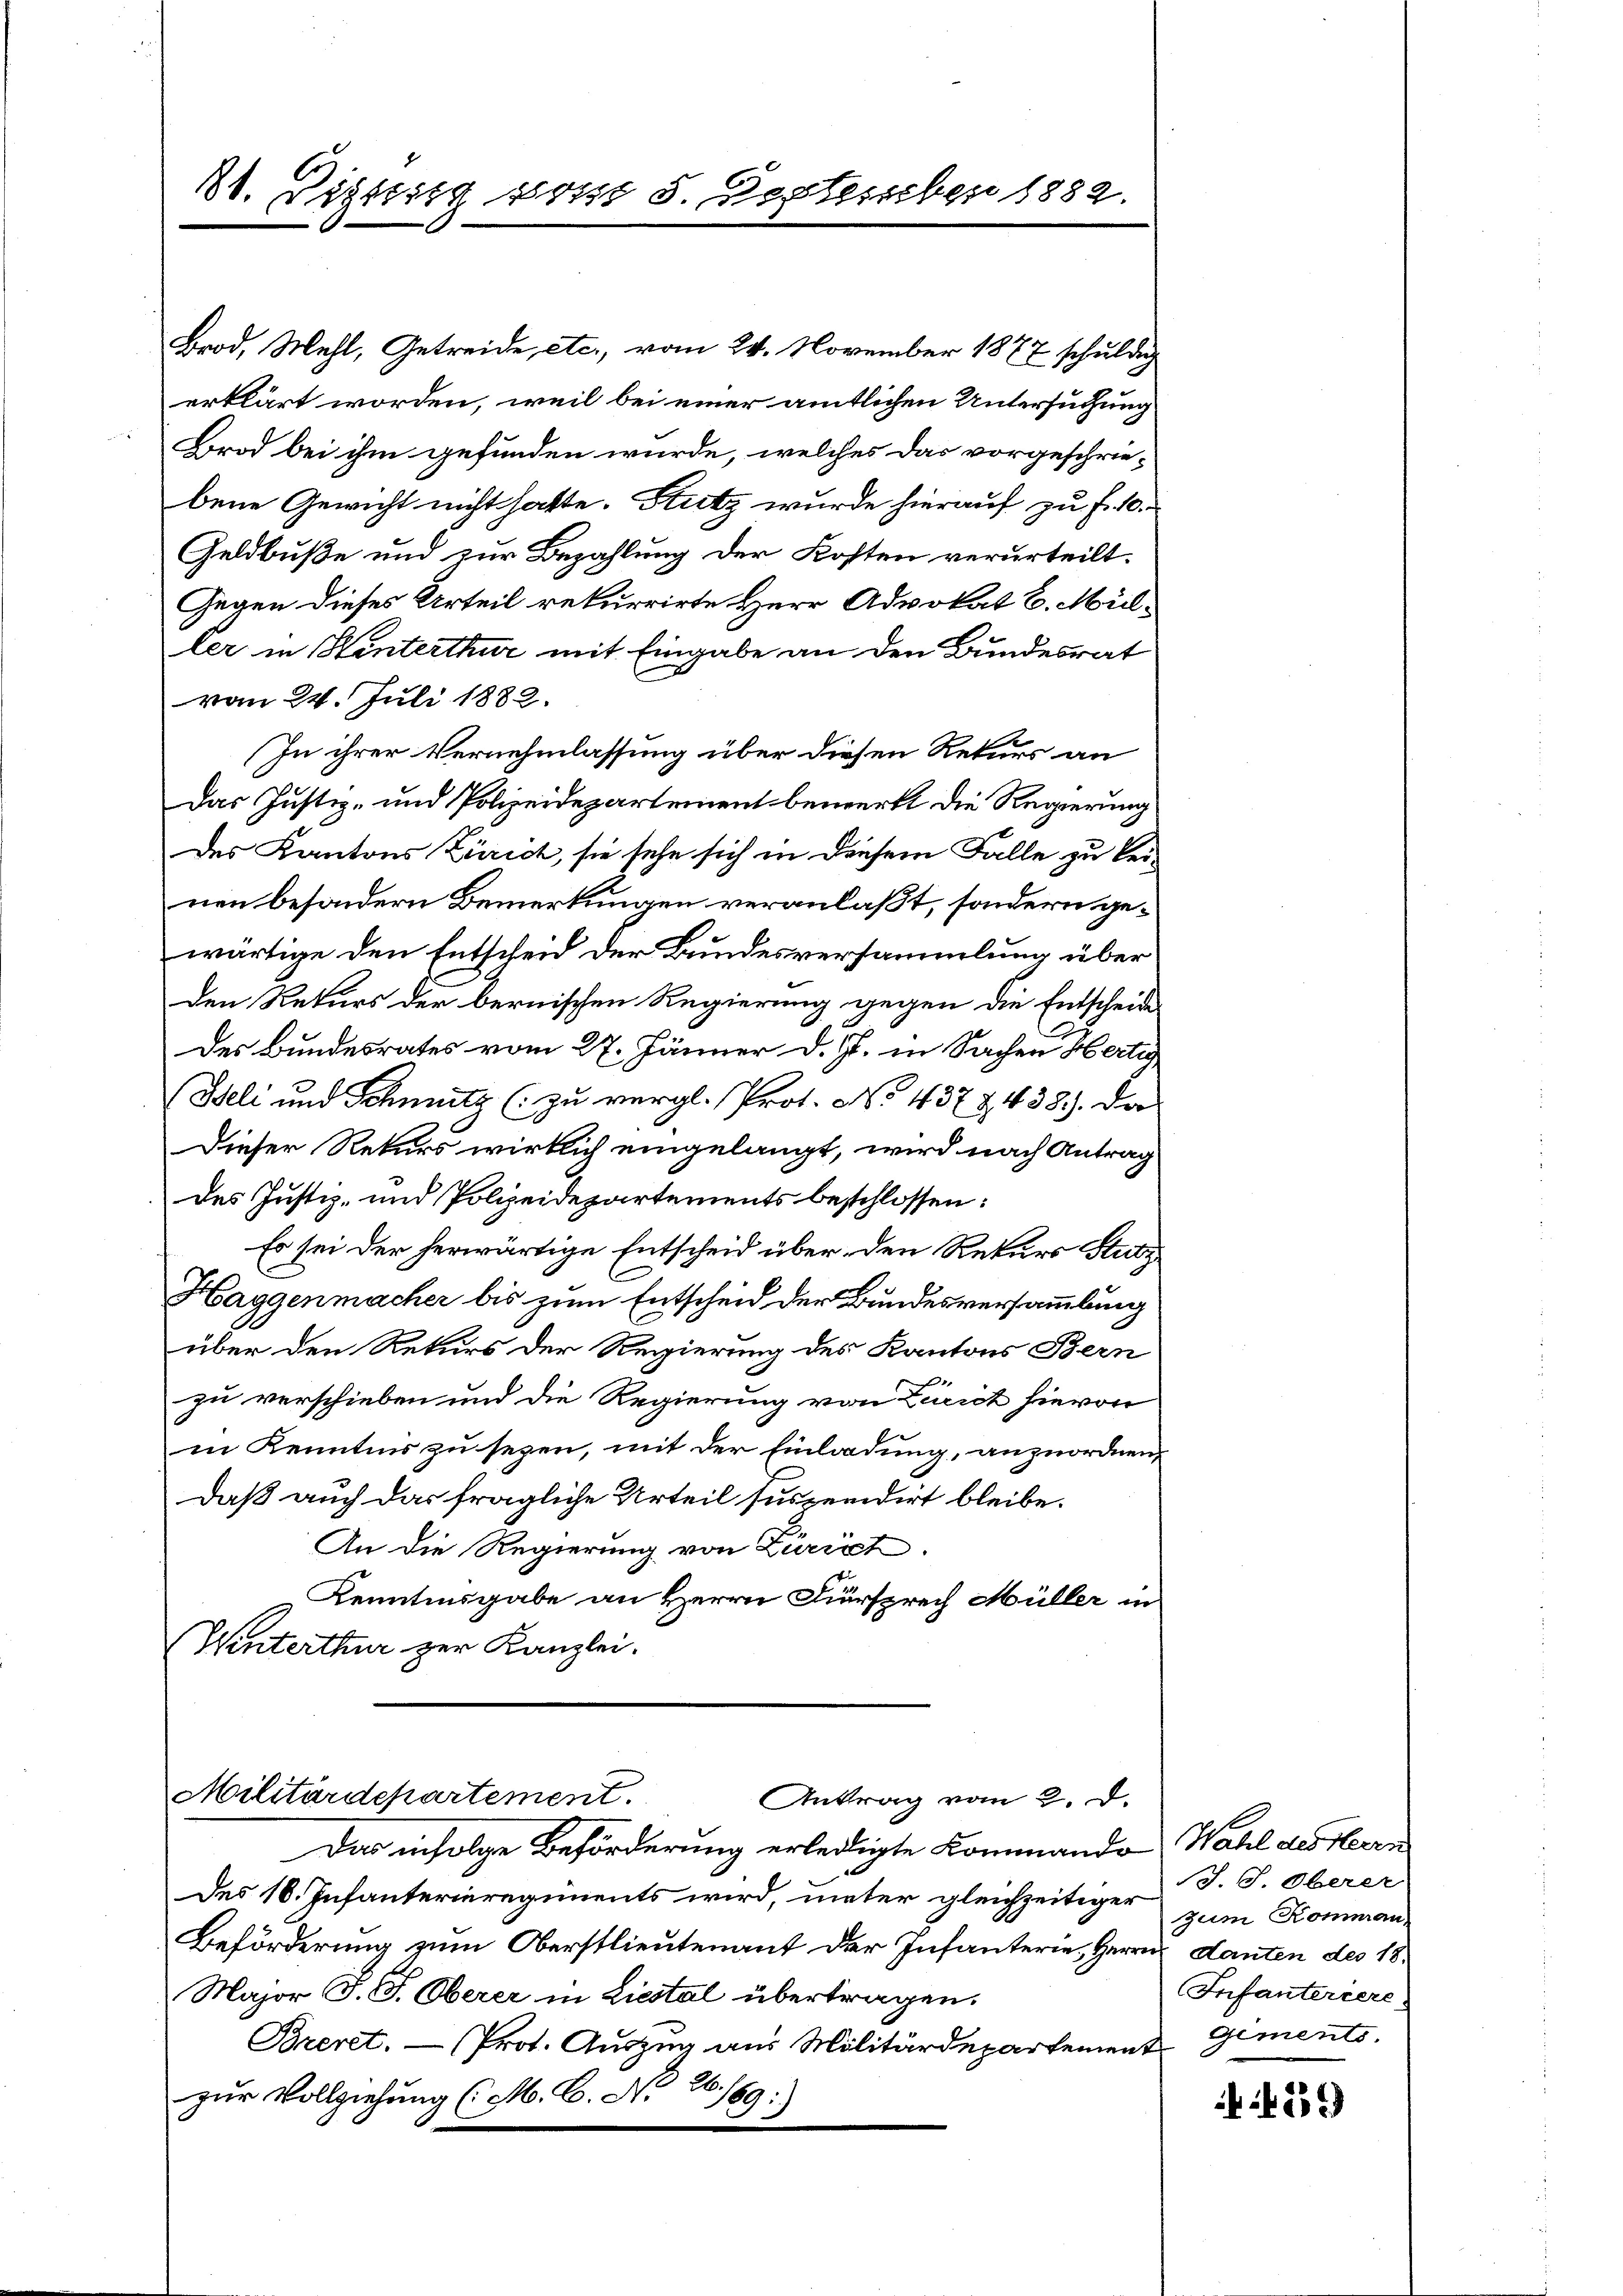
31. Dietig sonst 5. September 1882.

Brod, Mehl, Getreide, etc., vom 24. November 1877 schuldig
erklärt worden, weil bei einer amtlichen Untersuchung
Brod bei ihm gefunden würde, welches das vorgeschrie-
bene Gewicht nicht hatte. Stutz wurde hierauf zu f. 10.
Geldbuße und zur Bezahlung der Kosten verurteilt.
Gegen dieses Urteil rekurrirte Herr Advokat C. Mül-
ler in Hinterthur mit Eingabe an den Bundesrat
vom 24. Juli 1882.
In ihrer Vernehmlassung über diesen Rekurs an
Das Justiz- und Polizeidepartement bemerkt die Regierung
des Kantons Zürich, sie sehe sich in diesem Falle zu keinen besondern Bemerkungen veranlaßt, sondern gewärtige den Entscheid der Bundesversammlung über
den Rekurs der bernischen Regierung gegen die Entscheide
des Bundesrates vom 27. Jänner d. Js. in Sachen Hertig
Iseli und Schmutz (zu vergl. Prot. No. 437 & 438). Da
Dieser Rekurs wirklich eingelangt, wird nach Antrag
des Justiz- und Polizeidepartements beschlossen:
Es sei der herwärtige Entscheid über den Rekurs Stutz
Haggenmacher bis zum Entscheid der Bundesversammlung
über den Rekurs der Regierung des Kantons Bern
zu verschieben und die Regierung von Zürich hievon
in Kenntnis zu sezen, mit der Einladung, anzuordnen,
Daß auch das fragliche Urteil suspendirt bleibe.
An die Regierung von Zürich.
Kenntnisgabe an Herrn Fürsprech Müller in
Winterthur zur Kanzlei.

Militärdepartement.
Antrag vom 2. d.

Das infolge Beförderung erledigte Kommando Wahl des Herrn
Des 18. Infanterieregiments wird, meter gleichzeitiger zum Komman
Beförderung zum Oberstlieutenant der Infanterie, Herrnn danten des 18.
Major F. P. Oberer in Liestal übertragen.
Breret. — (Prot. Auszug aus Militärdepartement Gements.
26.
zur Vollziehung (:M. C. N. N. 169:

Sch. S. Oberer
Infanteriere:

429